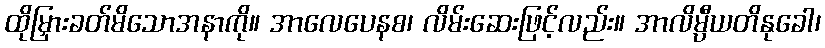
ထိုမြှားခတ်မိသောအနာကို။ အာလေပေနစ၊ လိမ်းဆေးဖြင့်လည်း။ အာလိမ္ပီယတိနုခေါ၊